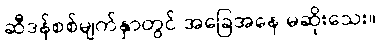
ဆီဒန်စစ်မျက်နှာတွင် အခြေအနေ မဆိုးသေး။